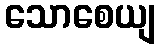
သောစေယျ